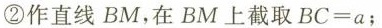
②作直线BM，在BM上截取$$B C = a$$；